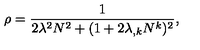
\rho = \frac { 1 } { 2 \lambda ^ { 2 } N ^ { 2 } + ( 1 + 2 \lambda _ { , k } N ^ { k } ) ^ { 2 } } ,